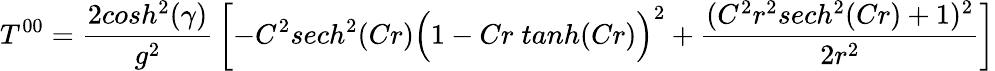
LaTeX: T^{00}={\frac{2cosh^{2}(\gamma)}{g^{2}}}\left[-C^{2}sech^{2}(Cr)\Big(1-Cr\; tanh(Cr)\Big)^{2}+{\frac{(C^{2}r^{2}sech^{2}(Cr)+1)^{2}}{2r^{2}}}\right]